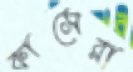
কাসেরা